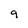
Character: q